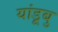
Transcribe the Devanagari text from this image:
यांडूबु